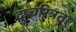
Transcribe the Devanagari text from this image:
दुष्चरित्रता